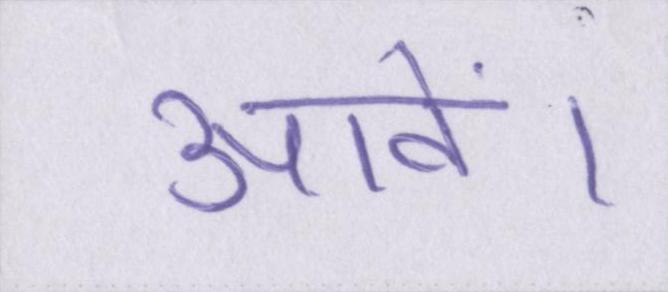
आवें।